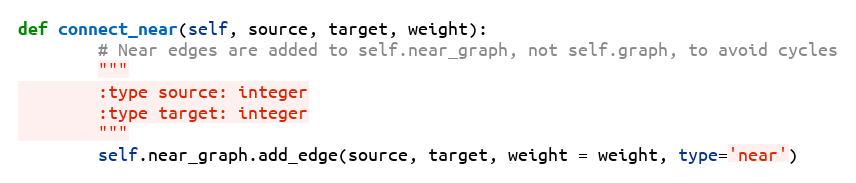
Language: Python
def connect_near(self, source, target, weight):
        # Near edges are added to self.near_graph, not self.graph, to avoid cycles
        """
        :type source: integer
        :type target: integer
        """
        self.near_graph.add_edge(source, target, weight = weight, type='near')